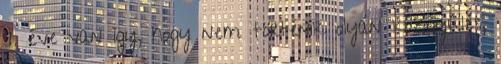
9. éve van így, hogy nem történik olyan közgyűlés,